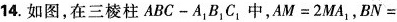
14.如图，在三棱柱ABC-A_{1}B_{1}C_{1}中，$$A M = 2 M A _ { 1 }$$，$$B N =